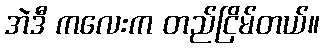
အဲဒီ ကလေးက တည်ငြိမ်တယ်။